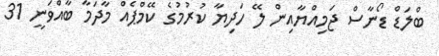
ބްލަޑް ޑޯނާސް ޖަމިއްޔާއިން ލޭ ހަދިޔާ ކުރުމުގެ ކޭމްޕެއް މާދަމާ ބާއްވަނީ 31